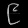
Digit: ၉